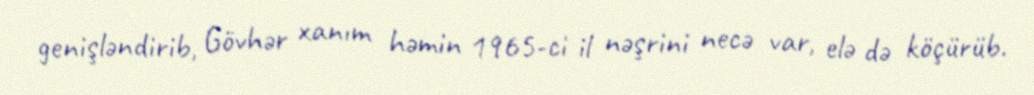
genişləndirib, Gövhər xanım həmin 1965-ci il nəşrini necə var, elə də köçürüb.